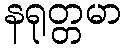
နရုတ္တမာ